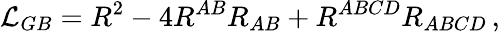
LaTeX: {\cal L}_{GB}=R^{2}-4R^{AB}R_{AB}+R^{ABCD}R_{ABCD}\, ,